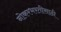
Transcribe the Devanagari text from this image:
नोकरभरतीसाठी